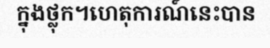
ក្នុងថ្លុក។ហេតុការណ៍នេះបាន